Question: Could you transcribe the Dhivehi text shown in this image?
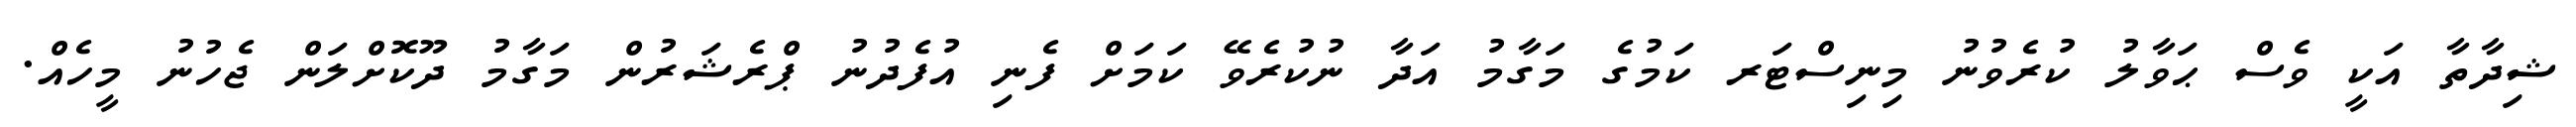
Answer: ޝިދާތާ އަކީ ވެސް ޙަވާލު ކުރެވުނު މިނިސްޓަރ ކަމުގެ މަގާމު އަދާ ނުކުރެވޭ ކަމަށް ފެނި އުފެދުނު ޕްރެޝަރުން މަގާމު ދޫކޮށްލަން ޖެހުނު މީހެއް.